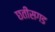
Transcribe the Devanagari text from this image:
छतीसगड